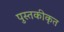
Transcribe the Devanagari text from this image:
पुस्तकीकृत